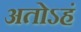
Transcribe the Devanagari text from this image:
अतोऽहं